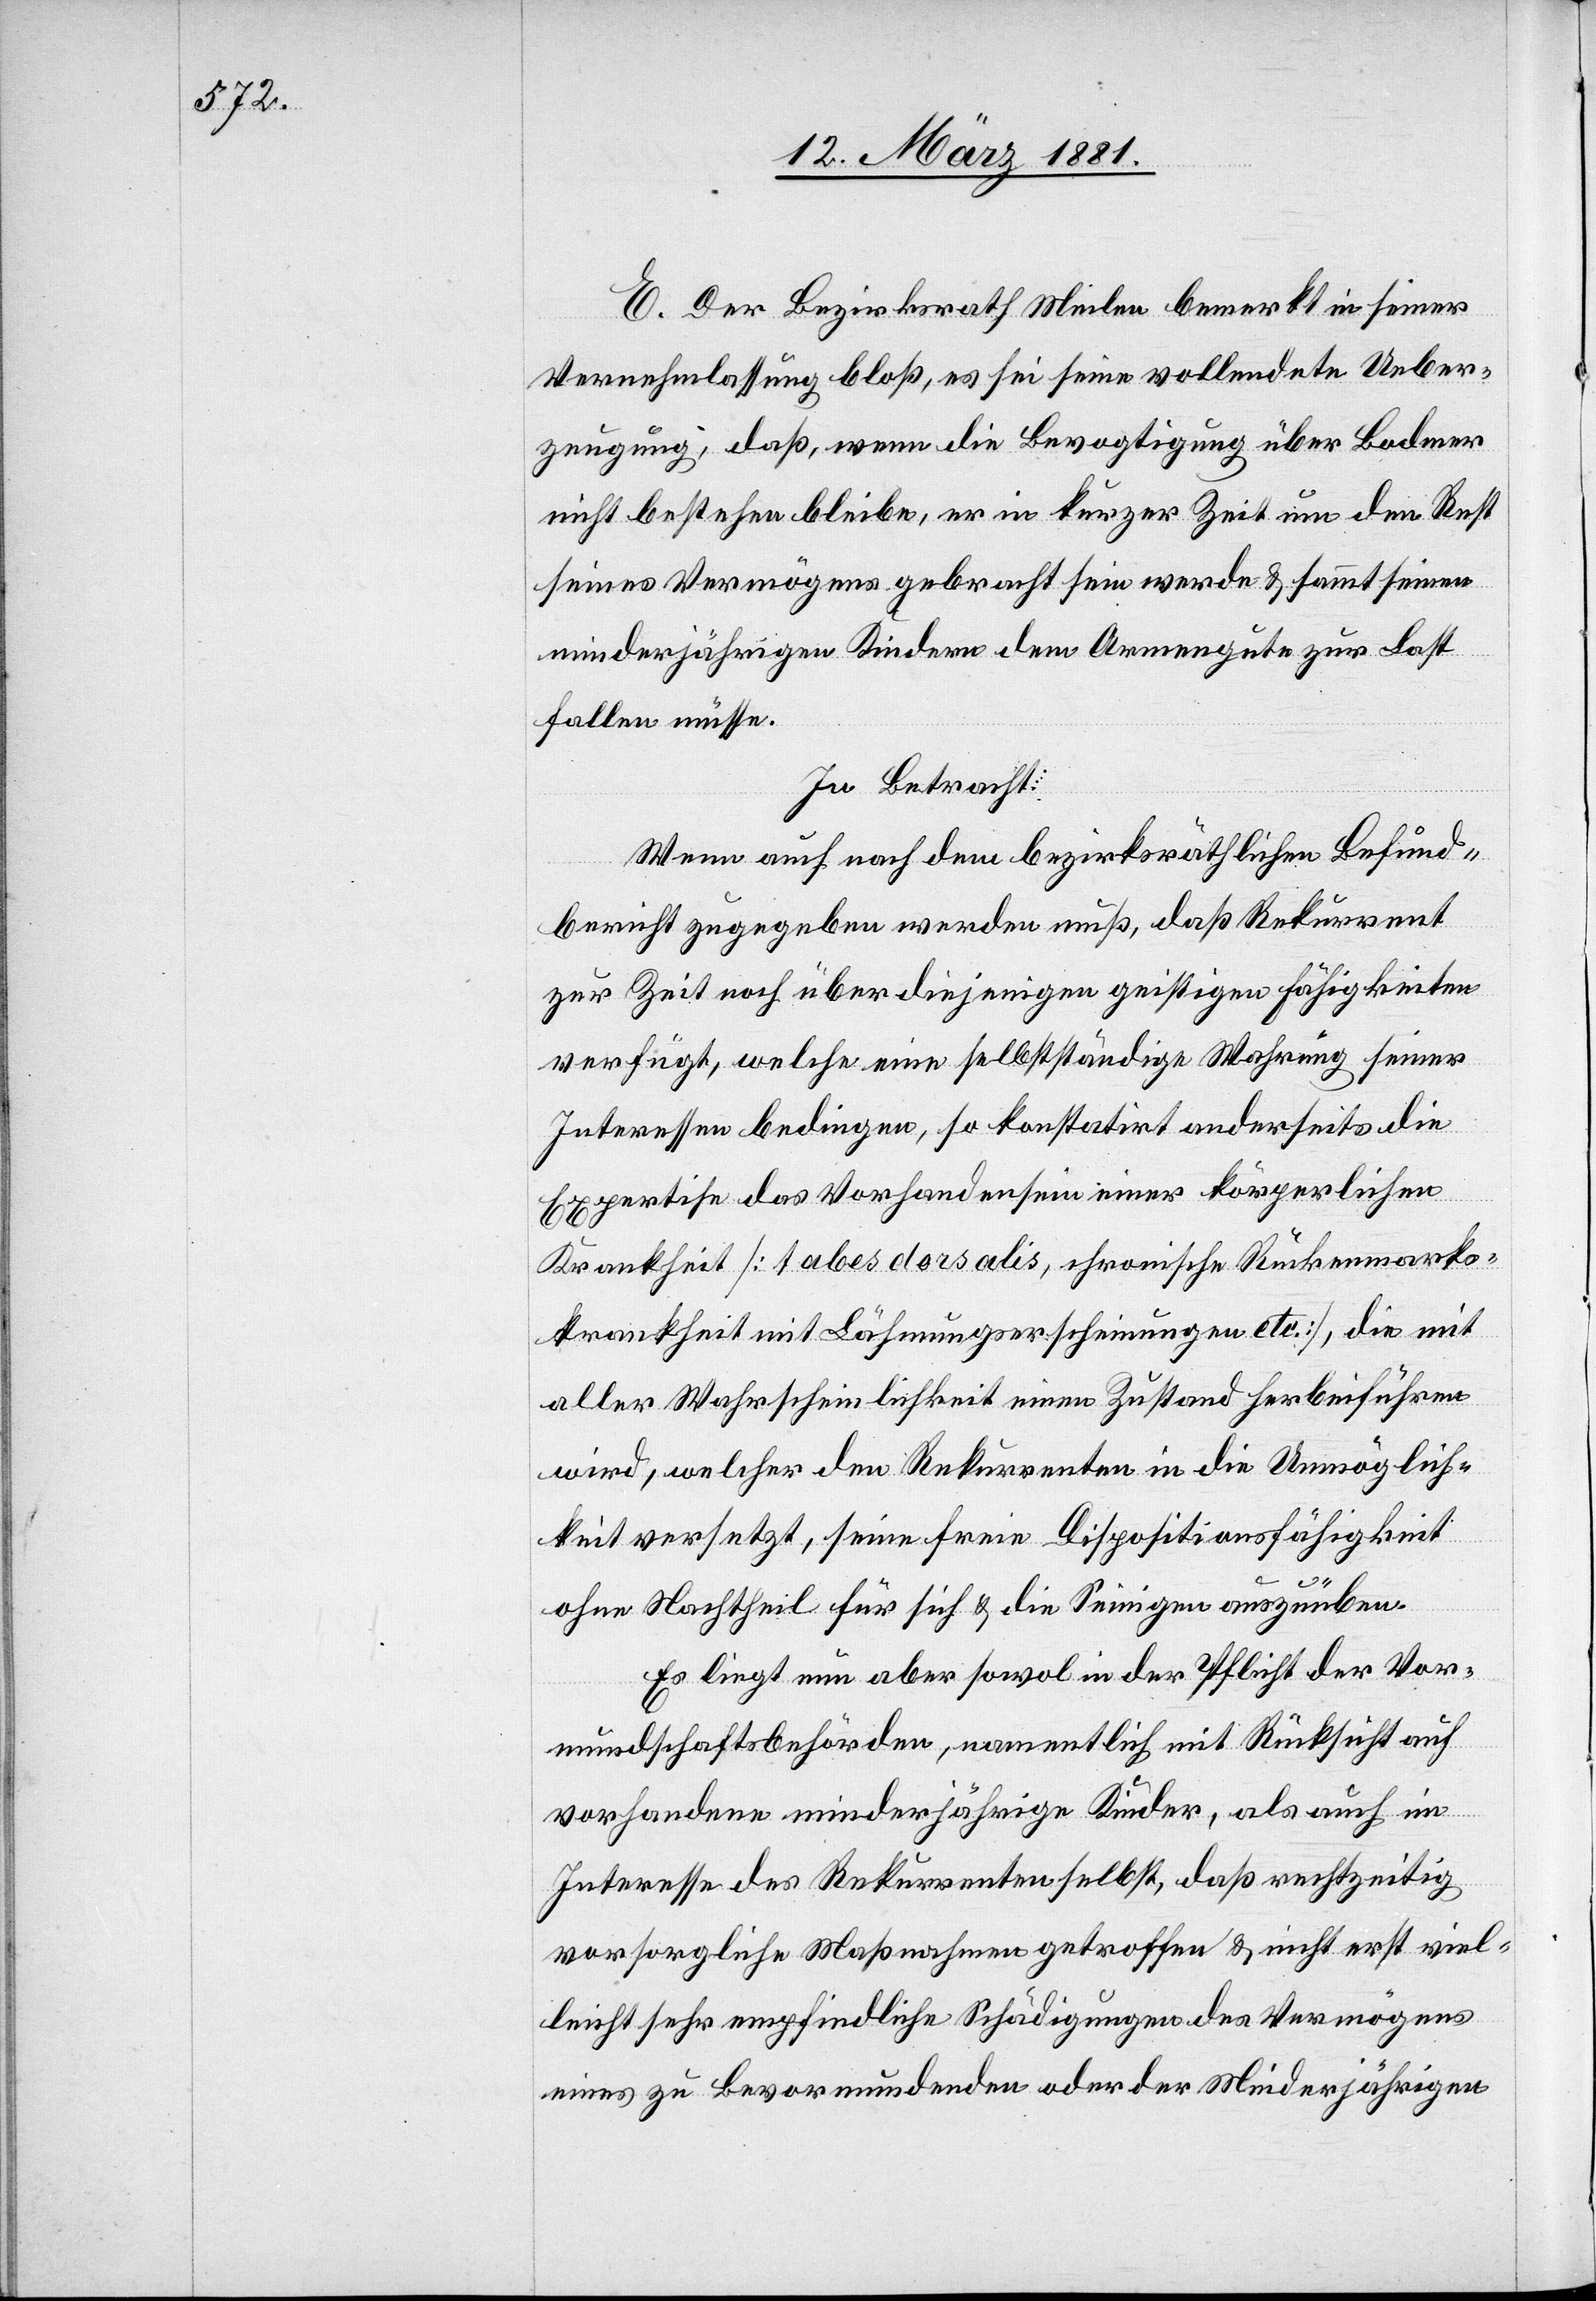
E. Der Bezirksrath Meilen bemerkt in seiner
Vernehmlassung bloß, es sei seine vollendete Ueber¬
zeugung, daß, wenn die Bevogtigung über Bodmer
nicht bestehen bleibe, er in kurzer Zeit um den Rest
seines Vermögens gebracht sein werde & sammt seinen
minderjährigen Kindern dem Armengute zur Last
fallen müsse.
In Betracht:
Wenn auch nach dem bezirksräthlichen Befund¬
bericht zugegeben werden muß, daß Rekurrent
zur Zeit noch über diejenigen geistigen Fähigkeiten
verfügt, welche eine selbstständige Wahrung seiner
Interessen bedingen, so konstatirt anderseits die
Expertise das Vorhandensein einer körperlichen
Krankheit [tabes dorsalis, chronische Rückenmark¬
krankheit mit Lähmungserscheinungen etc.], die mit
aller Wahrscheinlichkeit einen Zustand herbeiführen
wird, welcher den Rekurrenten in die Unmöglich¬
keit versetzt, seine freie Dispositionsfähigkeit
ohne Nachtheil für sich & die Seinigen auszuüben.
Es liegt nun aber sowol in der Pflicht der Vor¬
mundschaftsbehörden, namentlich mit Rücksicht auf
vorhandene minderjährige Kinder, als auch im
Interesse des Rekurrenten selbst, daß rechtzeitig
vorsorgliche Maßnahmen getroffen & nicht erst viel¬
leicht sehr empfindliche Schädigungen des Vermögens
eines zu Bevormundenden oder der Minderjährigen